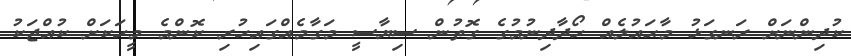
ކުދިންނަށް ރަނގަޅު މާޙައުލެއް ހޯދާދިނުމުގެ ގޮތުން ސިޔާސީ މަގާމެއްގައިހުރި ކޮންމެ މީހަކަށް ކުއްޖަކު